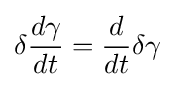
\delta {\frac {d\gamma }{dt}}={\frac {d}{dt}}\delta \gamma